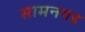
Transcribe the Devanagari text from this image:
सामनगड